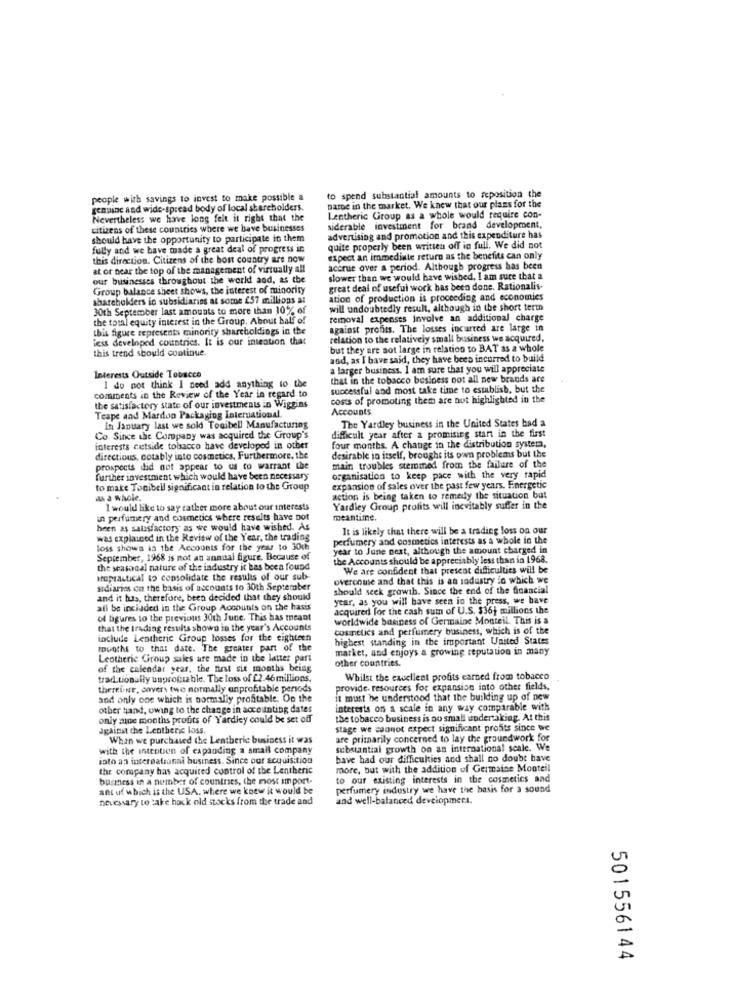
people with savings to invest to make possible a
to spend substantial amounts to reposition the
genuine and wide-spread body of local shareholders.
parDe in the market. We knew that our plans for the
Nevertheless we have long felt it right that the
Lentheric Group as a whole would require con-
citizens of these countries where we have businesses
siderable investment for brand development,
should have the opportunity to participate in them
advertising and promotion and this expenditure has
fully and we have made a great deal of progress in
quite properly been written off in full. We did not
this direction. Citizens of the bost country are now
expect an immediate returo as the benefits can only
at or near the top of the management of virtually all
accrue over a period. Although progress has been
our businesses throughout the world and, as the
slower than we would have wished, I am sure that a
Group balance sheet shows, the interest of minority
great deal of useful work has been done. Rationalis-
shareholders in subsidiaries at some £57 millions at
ation of production is proceeding and economics
30th September last amounts to more than 10% of
will undoubtedly result, although in the short term
the total equity interest in the Group. About half of
removal expenses involve an additional charge
this figure represents minority shareholdings in the
against profits. The losses incurred are large in
iess developed countries. It is our intention that
relation to the relatively small business we acquired.
this trend should continue.
but they are not large in relation to BAT as a whole
and, as I have said, they have been incurred to build
a larger business. I am sure that you will appreciate
Interests Outside Tobacco
that in the tobacco besiness not all new brands are
I do not think I need add anything to the
successful and most take time to establish, but the
comments in the Review of the Year in regard to
costs of promoting them are not highlighted in the
the satisfactory state of our investments in Wiggins
Accounts
Teape and Mardon Packaging International.
The Yardley business in the United States bad a
In January last we sold Tosibell Manufacturing
Co. Since the Company was acquired the Group's
difficult year after a promising start in the first
interests cetside tolsacco have developed in other
four months. A change in the distribution systern,
desirable in itself, brought its own problems but the
directions, cotably into cosmetics, Furthermore, the
prospects did not appear to us to warrant the
main troubles stemmed from the failure of the
further investment which would have been necessary
organisation to keep pace with the very rapid
to make Tonibell significant in relation to the Group
expansion of sales over the past few years. Energetic
as a whole,
action is being taken to remedy the situation but
I would like to say rather more about our interests
Yardley Group profits will inevitably suffer in the
in perfumery and cosmetics where results have not
meantime.
been as salasfactory as we would have wished. As
It is likely that there will be a trading loss on our
was explained in the Review of the Year, the trading
perfumery and cosmetics interests as a whole in the
loss shows in the Accounts for the year to 30th
year to June next, although the amount charged in
September, 1968 is not an annual figure. Because of
the Accounts should be appreciably less than in 1968.
the seasonal nature of the industry it has been found
We are confident that present difficulties will be
sopractical to consolidate the results of our sub-
overcome and that this is an sodustry lo which we
sidiaries on the basis of accounts to 30th September
should seck growth. Since the end of the financial
and it has, therefore, been decided that they should
year, as you will have seen in the press, we have
all be included in the Group Accounts on the hass
acquired for the cash sum of U.S. $36} millions the
of figures to the previous 30th June. This has meant
worldwide business of Germaine Monteil. This is a
that the trading results shown in the year's Accounts
cosinttics and perfumery business, which is of the
include Lentherie Group losses for the eighteen
highest standing in the important United States
toooths to that date. The greater part of the
market, and enjoys a growing reputation in many
Leotheric Group sales are made in the latter part
other countries.
of the calendar year, the first six months being
traditionally unprofitable. The loss of £2 46 millions,
Whilst the excellent profits earned from tobacco
thereine, covers two normally unprofitable periods
provide. resources for expansion into other fields,
and only one which is normally profitable. On the
it must he understood that the building up of new
other hand, owing to the change in accounting dates
interests on a scale in any way comparable with
only moe months profits of Yardley could be set off
the tobacco business is no small undertaking. At this
Jgainst che Lentheric loss.
stage we cannot atpect significant profits since we
When we purchased the Lentheric business it was
are primarily concerned to lay the groundwork for
with the intention of expanding a small company
substantial growth on an international scale. We
into an international business. Since our acquisition
bave had our difficulties and shall no doubt have
the company has acquired control of the Lentheric
more, but with the addition of Germaine Monteil
business in a number of countries, the most import-
to our existing interests in the cosmetics and
ant of which is the USA, where we knew it would be
perfumery industry we have the basis for a sound
necessary to take hakk old stocks from the trade and
and well-balanced development.
501556144